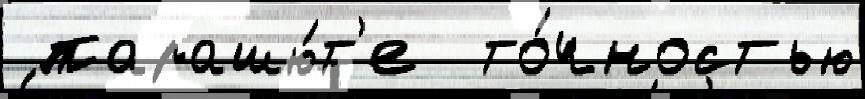
 парашю́т'е  то́чностью